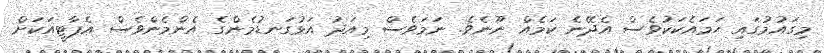
މިގައުމުގައި ހަމައެކަކުވެސް އެދޭނެ ކަމެއް ނޫނެވެ. ނަމަވެސް މިއަދު އަޅުގަނޑުމެންގެ އެންމެންވެސް އެޕާޓީއަކަށް